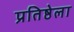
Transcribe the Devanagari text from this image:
प्रतिष्ठेला